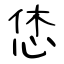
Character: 恷